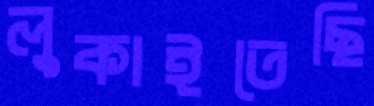
লুকাইতেছি